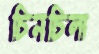
চিনচিলা